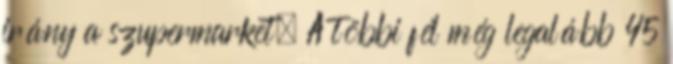
irány a szupermarket. A többi fél még legalább 45